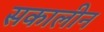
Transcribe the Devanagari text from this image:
सकालीन